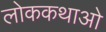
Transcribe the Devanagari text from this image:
लोककथाओ